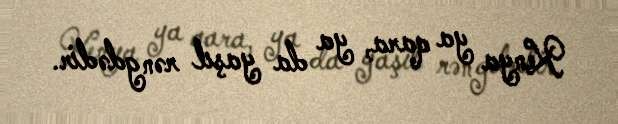
Kenya ya qara, ya da yaşıl rəngdədir.